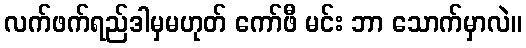
လက်ဖက်ရည်ဒါမှမဟုတ် ကော်ဖီ မင်း ဘာ သောက်မှာလဲ။